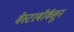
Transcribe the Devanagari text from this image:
वेस्टरबॉर्कहून